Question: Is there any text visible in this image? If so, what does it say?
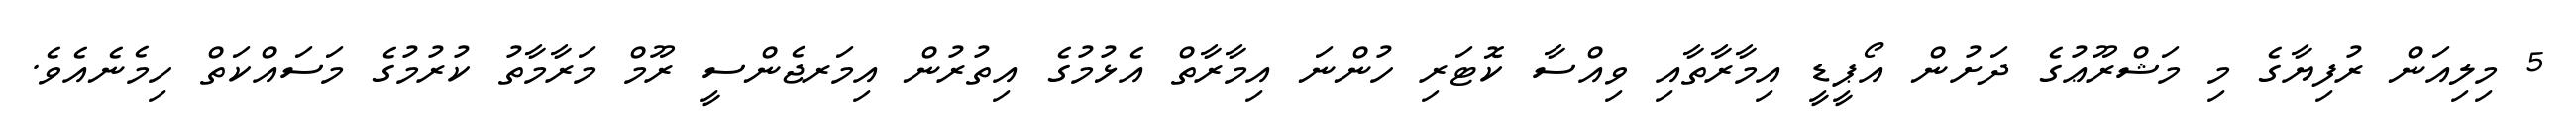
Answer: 5 މިލިއަން ރުފިޔާގެ މި މަޝްރޫޢުގެ ދަށުން އޯޕީޑީ އިމާރާތާއި ވިއްސާ ކޮޓަރި ހުންނަ އިމާރާތް އެޅުމުގެ އިތުރުން އިމަރޖެންސީ ރޫމް މަރާމާތު ކުރުމުގެ މަސައްކަތް ހިމެނެއެވެ.